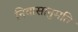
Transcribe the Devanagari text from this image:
निवासानुमति